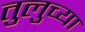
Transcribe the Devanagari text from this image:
तुलुच्या